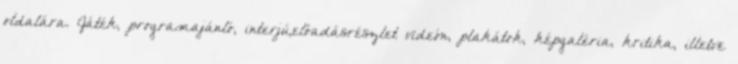
oldalára. Játék, programajánló, interjú,előadásrészlet videón, plakátok, képgaléria, kritika, illetve